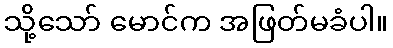
သို့သော် မောင်က အဖြတ်မခံပါ။